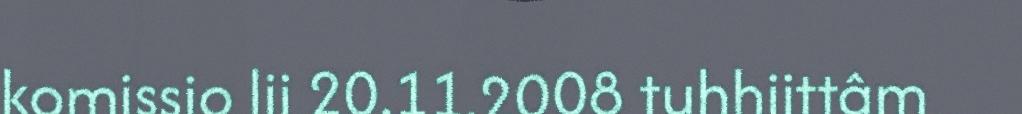
komissio lii 20.11.2008 tuhhiittâm